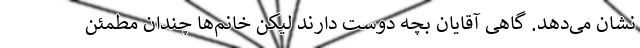
نشان می‌دهد. گاهی آقایان بچه دوست دارند لیکن خانم‌ها چندان مطمئن